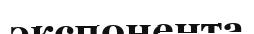
экспонента